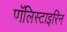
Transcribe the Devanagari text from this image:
पॉलिस्टाइरिन